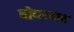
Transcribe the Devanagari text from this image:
नेपथ्यच